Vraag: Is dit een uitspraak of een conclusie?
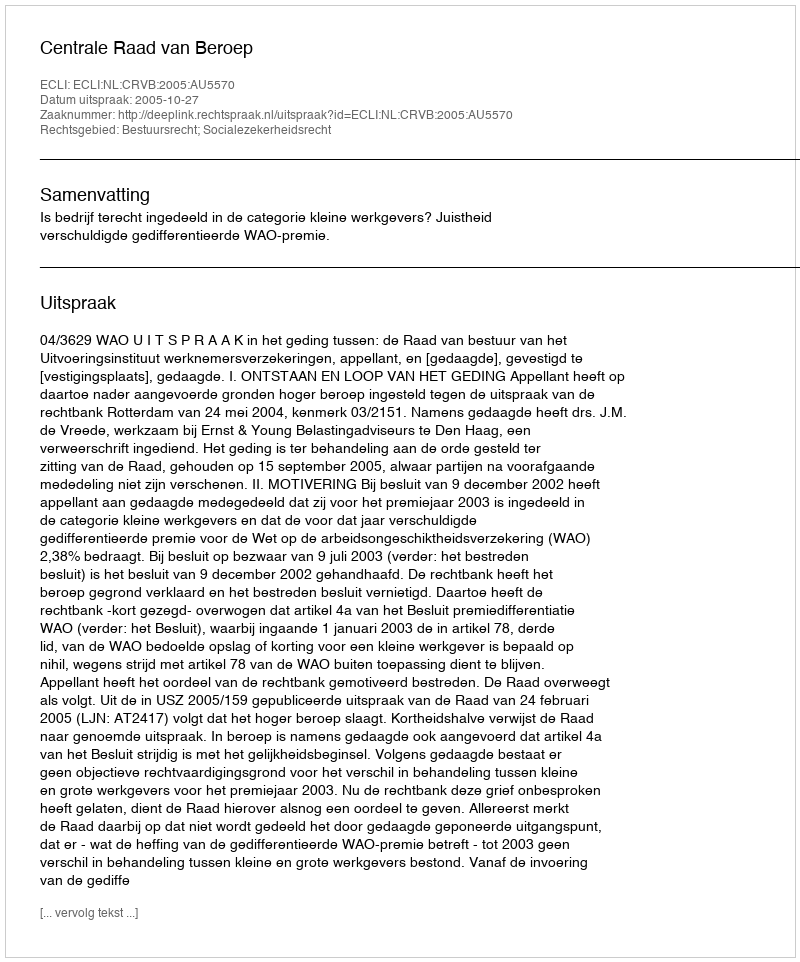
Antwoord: Uitspraak